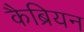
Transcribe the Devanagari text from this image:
कैब्रियन